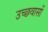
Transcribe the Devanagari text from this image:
उच्छवासों